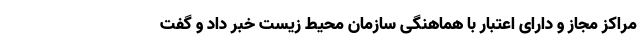
مراکز مجاز و دارای اعتبار با هماهنگی سازمان محیط زیست خبر داد و گفت